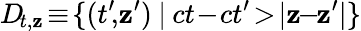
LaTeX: D\! _{t,\mathbf{z}}\! \equiv\! \{ (t^{\prime}\! ,\! \mathbf{z}^{\prime})\: |\: ct\! -\! ct^{\prime}\! >\! |\mathbf{z}\! \! -\! \! \mathbf{z}^{\prime}|\}